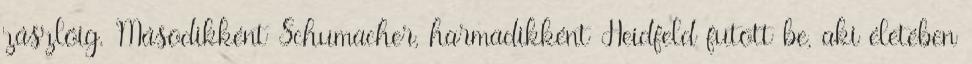
zászlóig. Másodikként Schumacher, harmadikként Heidfeld futott be, aki életében